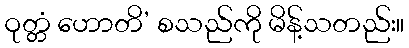
ဝုတ္တံ ဟောတိ’ စသည်ကို မိန့်သတည်း။